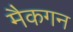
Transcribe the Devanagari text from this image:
मैकगन